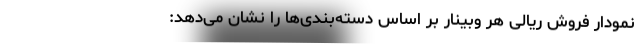
نمودار فروش ریالی هر وبینار بر اساس دسته‌بندی‌ها را نشان می‌دهد: